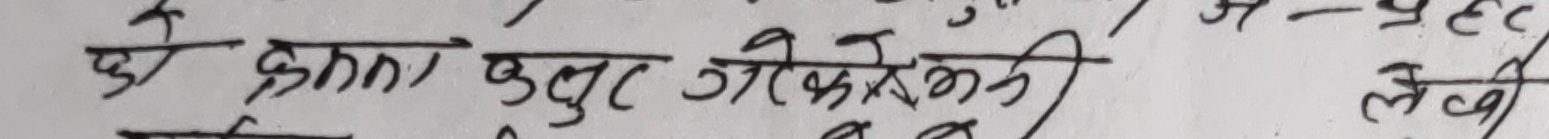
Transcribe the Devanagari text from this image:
को छन्ना कुदेल जोफेरुती